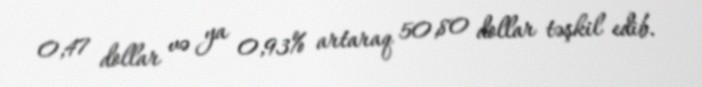
0,47 dollar və ya 0,93% artaraq 50,80 dollar təşkil edib.